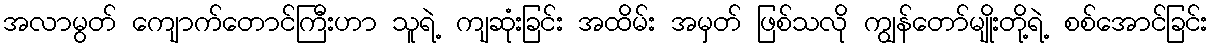
အလာမွတ် ကျောက်တောင်ကြီးဟာ သူရဲ့ ကျဆုံးခြင်း အထိမ်း အမှတ် ဖြစ်သလို ကျွန်တော်မျိုးတို့ရဲ့ စစ်အောင်ခြင်း